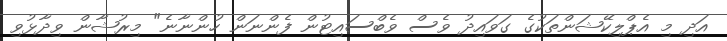
އަދި މި އެޕްލިކޭޝަންތަކުގެ ގަވައިދު ވެސް ވެބްސައިޓުން ފެންނަން ހުންނާނެ" މިރުޝާން ވިދާޅުވި